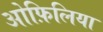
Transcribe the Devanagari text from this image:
ओफ़िलिया